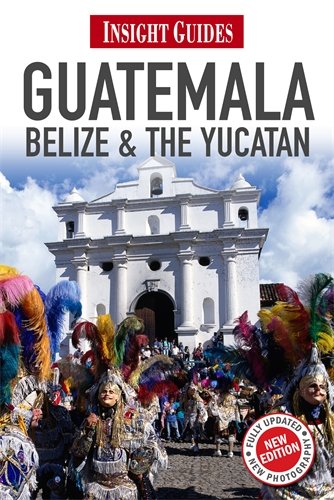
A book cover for Guatemala, Belize & Yucatan (Insight Guides); Iain Stewart; Travel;